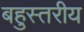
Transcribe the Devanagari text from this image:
बहुस्‍तरीय